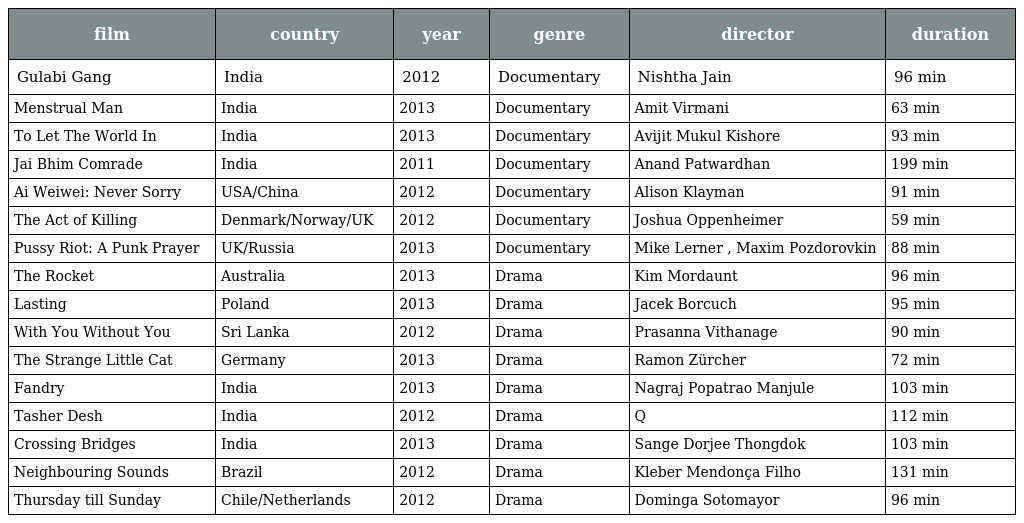
| film | country | year | genre | director | duration |
 | --- | --- | --- | --- | --- | --- |
 | Gulabi Gang | India | 2012 | Documentary | Nishtha Jain | 96 min |
 | Menstrual Man | India | 2013 | Documentary | Amit Virmani | 63 min |
 | To Let The World In | India | 2013 | Documentary | Avijit Mukul Kishore | 93 min |
 | Jai Bhim Comrade | India | 2011 | Documentary | Anand Patwardhan | 199 min |
 | Ai Weiwei: Never Sorry | USA/China | 2012 | Documentary | Alison Klayman | 91 min |
 | The Act of Killing | Denmark/Norway/UK | 2012 | Documentary | Joshua Oppenheimer | 59 min |
 | Pussy Riot: A Punk Prayer | UK/Russia | 2013 | Documentary | Mike Lerner , Maxim Pozdorovkin | 88 min |
 | The Rocket | Australia | 2013 | Drama | Kim Mordaunt | 96 min |
 | Lasting | Poland | 2013 | Drama | Jacek Borcuch | 95 min |
 | With You Without You | Sri Lanka | 2012 | Drama | Prasanna Vithanage | 90 min |
 | The Strange Little Cat | Germany | 2013 | Drama | Ramon Zürcher | 72 min |
 | Fandry | India | 2013 | Drama | Nagraj Popatrao Manjule | 103 min |
 | Tasher Desh | India | 2012 | Drama | Q | 112 min |
 | Crossing Bridges | India | 2013 | Drama | Sange Dorjee Thongdok | 103 min |
 | Neighbouring Sounds | Brazil | 2012 | Drama | Kleber Mendonça Filho | 131 min |
 | Thursday till Sunday | Chile/Netherlands | 2012 | Drama | Dominga Sotomayor | 96 min |